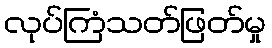
လုပ်ကြံသတ်ဖြတ်မှု